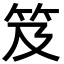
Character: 笈